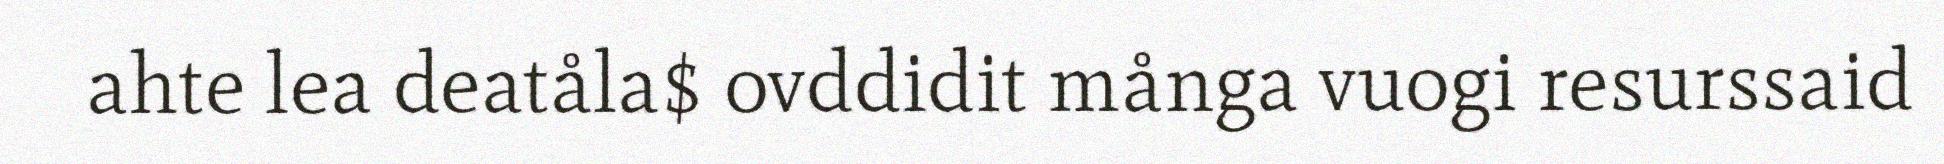
ahte lea deatåla$ ovddidit många vuogi resurssaid